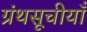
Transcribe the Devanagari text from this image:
ग्रंथसूचीयाँ